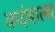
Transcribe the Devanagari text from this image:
कदंबाला